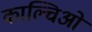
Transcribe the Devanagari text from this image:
काल्चिओ